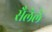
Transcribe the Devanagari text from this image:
सैलेले